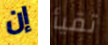
إن تقيأ